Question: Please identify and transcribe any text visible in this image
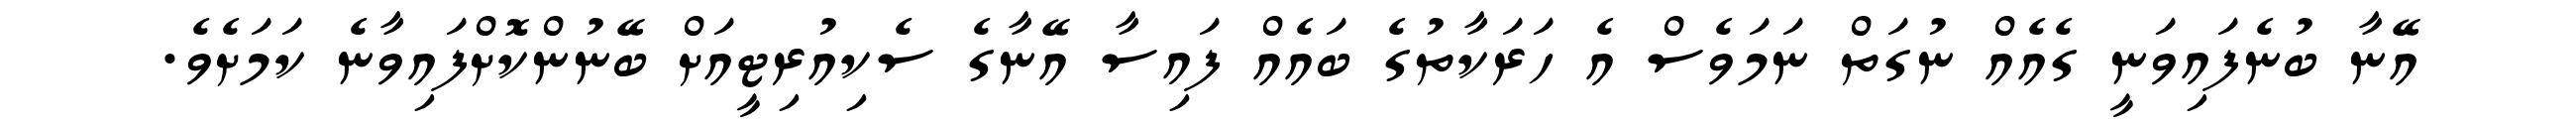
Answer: އޭނާ ބުނެފައިވަނީ ގެއެއް ނުގަތް ނަމަވެސް އެ ހަރަކާތުގެ ބައެއް ފައިސާ އޭނާގެ ސެކިއުރިޓީއަށް ބޭނުންކޮށްފައިވާނެ ކަމަށެވެ.